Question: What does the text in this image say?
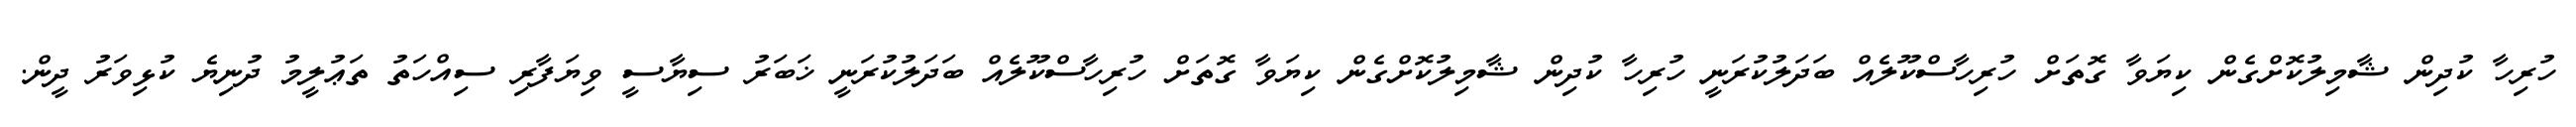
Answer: ހުރިހާ ކުދިން ޝާމިލުކޮށްގެން ކިޔަވާ ގޮތަށް ހުރިހާސްކޫލެއް ބަދަލުކުރަނީ ހުރިހާ ކުދިން ޝާމިލުކޮށްގެން ކިޔަވާ ގޮތަށް ހުރިހާސްކޫލެއް ބަދަލުކުރަނީ ޚަބަރު ސިޔާސީ ވިޔަފާރި ސިއްހަތު ތަޢުލީމު ދުނިޔެ ކުޅިވަރު ދީން.